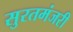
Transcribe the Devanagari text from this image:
सुरतमंजरी